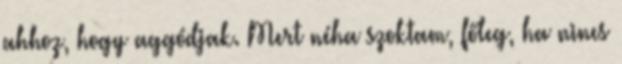
ahhoz, hogy aggódjak. Mert néha szoktam, főleg, ha nincs